Scottish Certificate of Education, 1962
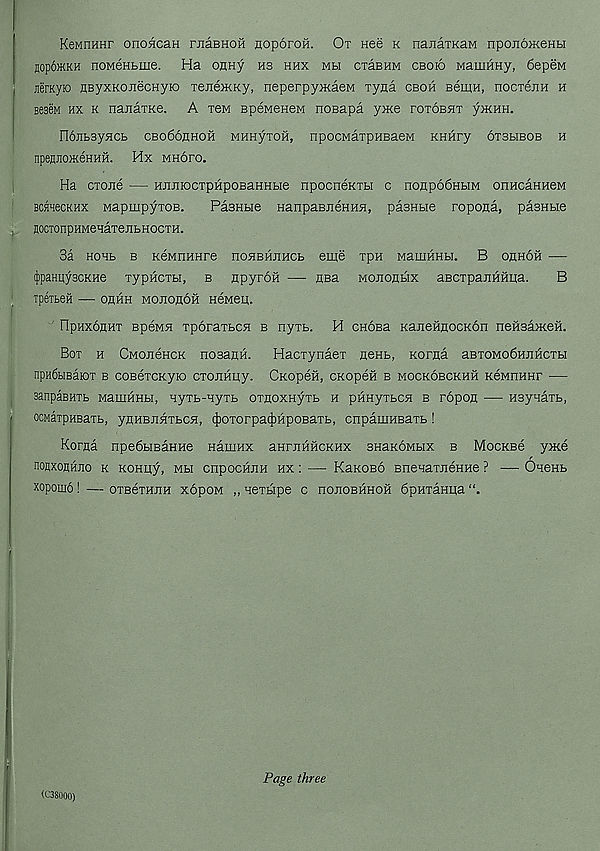
KeMriHHr onoHcaH ruaBHOH noporoH. Ot Hee k nanaiKaM npojiojKenbi
jop6>KKH noMeHtme. Ha onny hs hhx mbi craBHM cboio MauiHHy, 6epeM
jierKyio HByxKonecHyK) xeneJKKy, neperpy>KaeM xyna cboh semH, nocTexH h
BeaeM hx k naxaTKe. A tbm speMeneM noBapa y>xe totoeht y>KHH.
noJibsyxcb CBo66flHOH MHHyTOH, npocMarpHEaeM KHHry otbhbob h
npeflJTO>KeHHH. Hx MHoro.
Ha clone •— HnniocTpHpoBaHHbie npocneKTbi c nonp66HbiM onncaHHeM
BCHxecKHX MapuipyxoB.
PaBHbie HanpaBneHHH, pasHbie ropona, pasHbie
HOCTonpHMeHaTenbHOCTH.
3a hohb b KewnHHre noBBHUHCb eine xpH MauiHHbi. B oahoh —
(JipaHqyscKHe xypHCTbi, b npyroft — HBa Mononbix aBcxpanHHua.
B
TpeiteH
OflHH MOJIOflOH HGMeU.
FIpHXOHHX BpeMH xporaxbcn b nyxb. H chobb KaneHnocKon neHsaxcefi.
Box h CMoneHCK nosann. Hacxynaex nenb, Korna aBxoMo6HJiHcxbi
npH6biBaiox b coBexcKyio cxoJiHijy. CnopeH, cxopeH b mockobckhh KeMnHnr —
sanpaBHXb MaiiiHHbi, xyxb-Hyxb oxqoxHyxb h pHHyxbcx b ropoq — HBynaxb,
ocMaxpHEaib, ynHBuxxbcx, t|)oxorpa(|)HpoBaxb, cnpauiHBaxb !
Korjia npedbisaHHe Haninx aHrnHHCKHX BHaKOMbix b Mockbc yxce
noflxoHHjio k KOHuy, mm cnpocHJiH hx : — KaKOBO BnexaxneHHe ? — OxeHb
xopomo! — oxBexHJiH xopoM „ xexbipe c nojioBHHOH SpHxaHpa
<C38000)
Page three